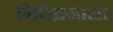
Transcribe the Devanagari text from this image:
गिरिव्रजाला